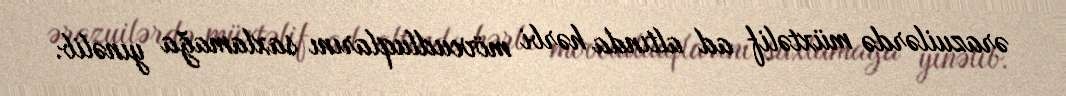
ərazuilərdə müxtəlif ad altında hərbi mövcudluqlarını saxlamağa yınəlib.